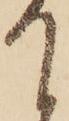
て